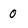
Character: 0